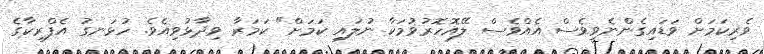
ވެރިކަމަށް ވަޑައިގެންނެވީވެސް އެއްވެސް ލޭއޮހޮރުވުމަކާ ނުލައި ކަމަށް" ކަމަރާ ވިދާޅުވިއެވެ. ހުޅަނގު އެފްރިކާގެ